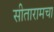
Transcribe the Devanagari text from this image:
सीतारामचा